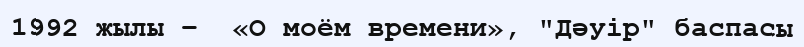
1992 жылы –  «О моём времени», "Дәуір" баспасы